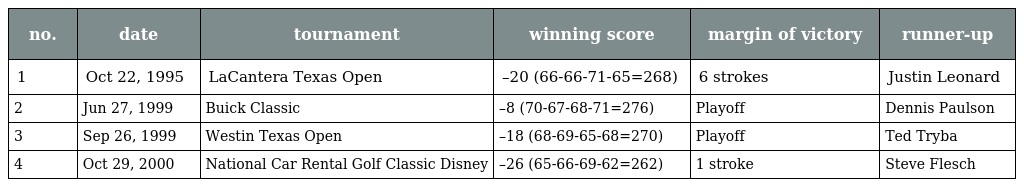
| no. | date | tournament | winning score | margin of victory | runner-up |
 | --- | --- | --- | --- | --- | --- |
 | 1 | Oct 22, 1995 | LaCantera Texas Open | –20 (66-66-71-65=268) | 6 strokes | Justin Leonard |
 | 2 | Jun 27, 1999 | Buick Classic | –8 (70-67-68-71=276) | Playoff | Dennis Paulson |
 | 3 | Sep 26, 1999 | Westin Texas Open | –18 (68-69-65-68=270) | Playoff | Ted Tryba |
 | 4 | Oct 29, 2000 | National Car Rental Golf Classic Disney | –26 (65-66-69-62=262) | 1 stroke | Steve Flesch |